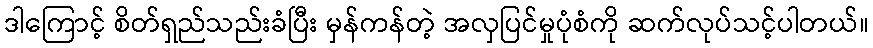
ဒါကြောင့် စိတ်ရှည်သည်းခံပြီး မှန်ကန်တဲ့ အလှပြင်မှုပုံစံကို ဆက်လုပ်သင့်ပါတယ်။